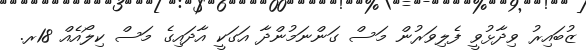
ޒުބައިރު ވިދާޅުވީ ފެލިވަރުން މަސް ގަންނަމުންދާ އަގަކީ އާދައިގެ މަސް ކިލޯއެއް 18ރ.